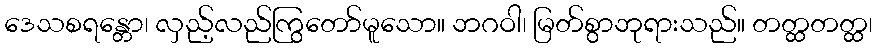
ဒေသစရန္တော၊ လှည့်လည်ကြွတော်မူသော။ ဘဂဝါ၊ မြတ်စွာဘုရားသည်။ တတ္ထတတ္ထ၊